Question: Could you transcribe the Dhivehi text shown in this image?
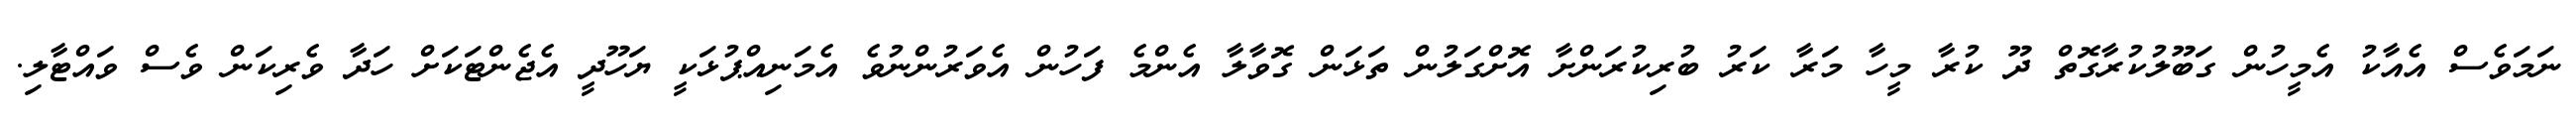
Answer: ނަމަވެސް އެއާކު އެމީހުން ގަބޫލުކުރާގޮތް ދޫ ކުރާ މީހާ މަރާ ކަރު ބުރިކުރަންށާ އޮށްގަލުން ތަޅަން ގޮވާލާ އެންމެ ފަހުން އެވަރުންނުވެ އެމަނިއްޕުޅަކީ ޔަހޫދީ އެޖެންޓަކަށް ހަދާ ވެރިކަން ވެސް ވައްޓާލި.